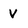
Character: v